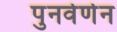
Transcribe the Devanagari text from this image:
पुनर्वर्णन